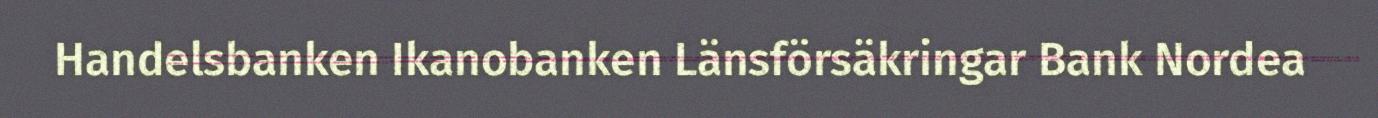
Handelsbanken Ikanobanken Länsförsäkringar Bank Nordea